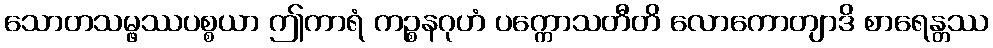
သောတသမ္ဖဿပစ္စယာ ဤကာရံ ကဉ္စနဂုဟံ ပက္ကောသတီတိ လောကောတျာဒိ စာရေန္တဿ